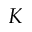
K